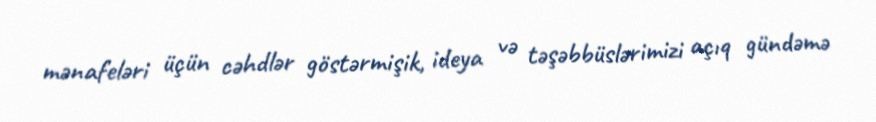
mənafeləri üçün cəhdlər göstərmişik, ideya və təşəbbüslərimizi açıq gündəmə